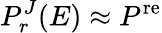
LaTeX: P_{r}^{J}(E)\approx P^{\mathrm{re}}